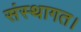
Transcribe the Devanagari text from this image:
संस्थागत।